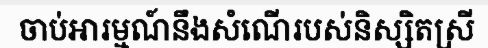
ចាប់អារម្មណ៍នឹងសំណើរបស់និស្សិតស្រី